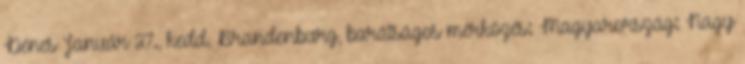
Dénes Január 27., kedd, Brandenburg, barátságos mérkőzés: Magyarország: Nagy